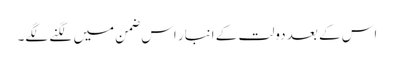
اس کے بعد دولت کے انبار اس ضمن میں لگنے لگے۔